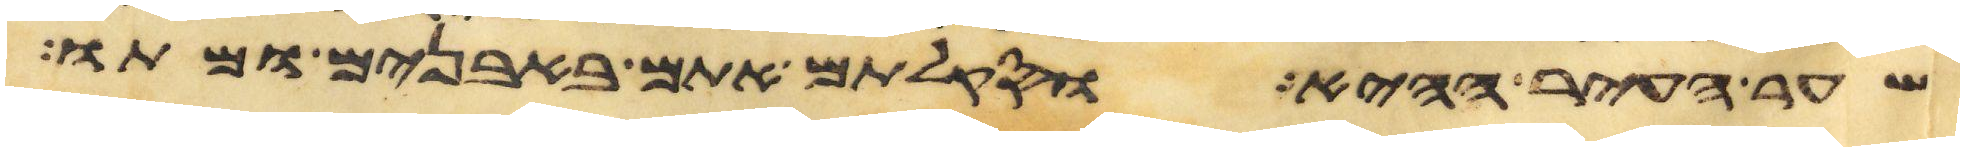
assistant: שער העיר ההיא וסקלתם אתם באבנים ומתו